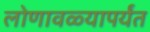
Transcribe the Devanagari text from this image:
लोणावळ्यापर्यंत